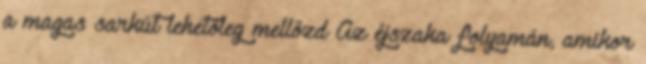
a magas sarkút lehetőleg mellőzd Az éjszaka folyamán, amikor